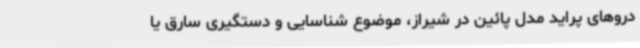
دروهای پراید مدل پائین در شیراز، موضوع شناسایی و دستگیری سارق یا